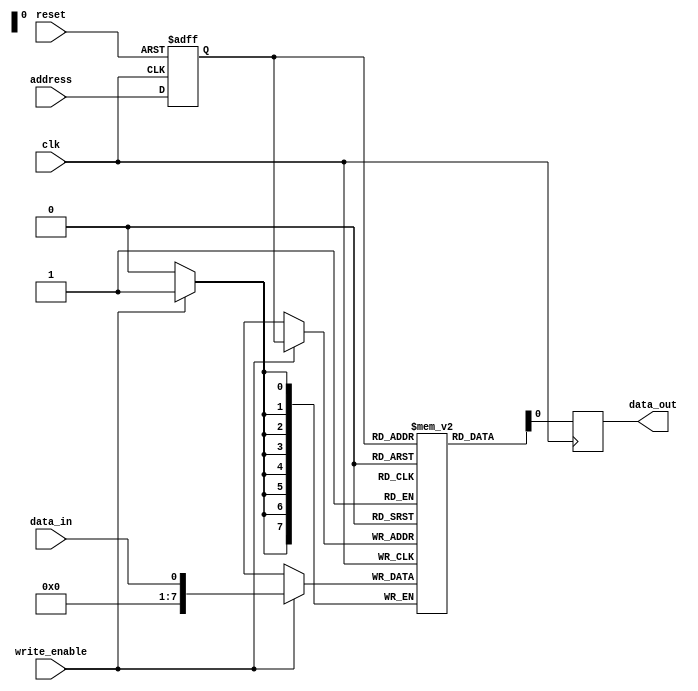
module memory_block(
  input wire clk,
  input wire reset,
  input wire [7:0] address,
  input wire write_enable,
  input wire data_in,
  output reg data_out
);

reg [7:0] memory_array [0:255]; // 256 memory cells
reg [7:0] decoded_address;

always @(posedge clk or posedge reset) begin
  if (reset) begin
    decoded_address <= 8'h00;
  end else begin
    decoded_address <= address;
  end
end

always @(posedge clk) begin
  if (write_enable) begin
    memory_array[decoded_address] <= data_in;
  end
  
  data_out <= memory_array[decoded_address];
end

endmodule